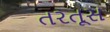
તરતૂસ